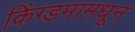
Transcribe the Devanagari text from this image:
किंग्डमामधून